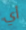
أي